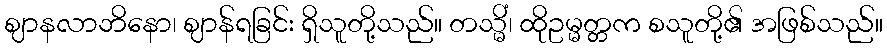
ဈာနလာဘိနော၊ ဈာန်ရခြင်း ရှိသူတို့သည်။ တသ္မိံ၊ ထိုဥမ္မတ္တက စသူတို့၏ အဖြစ်သည်။